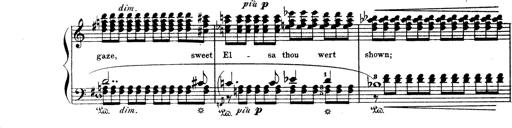
Title: Wagner-Liszt Album
Composer: Franz Liszt